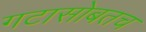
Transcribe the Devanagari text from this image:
गटासोबतच